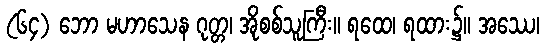
(၆၄) ဘော မဟာသေန ဂုတ္တ၊ အိုစစ်သူကြီး။ ရထေ၊ ရထား၌။ အဿေ၊